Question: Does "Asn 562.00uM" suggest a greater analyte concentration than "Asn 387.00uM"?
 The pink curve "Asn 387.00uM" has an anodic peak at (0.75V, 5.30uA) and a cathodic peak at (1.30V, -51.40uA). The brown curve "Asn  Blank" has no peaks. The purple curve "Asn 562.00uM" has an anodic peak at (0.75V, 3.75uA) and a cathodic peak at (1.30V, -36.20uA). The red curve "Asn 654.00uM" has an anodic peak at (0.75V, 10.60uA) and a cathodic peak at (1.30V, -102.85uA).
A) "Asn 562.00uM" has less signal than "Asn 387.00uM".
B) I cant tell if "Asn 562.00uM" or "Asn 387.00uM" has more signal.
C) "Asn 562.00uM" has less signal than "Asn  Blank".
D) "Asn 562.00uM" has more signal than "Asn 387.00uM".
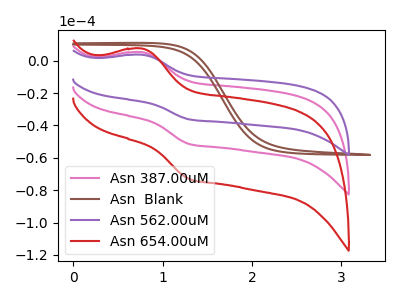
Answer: <think>All the peaks in "Asn 562.00uM" have a peak in "Asn 387.00uM" at the same potential. Every peak in "Asn 562.00uM" is lower than every peak in "Asn 387.00uM".
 </think>
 <answer>A) "Asn 562.00uM" has less signal than "Asn 387.00uM".</answer>
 <eval>A</eval>